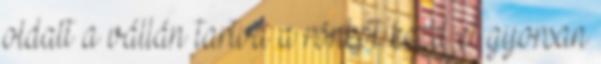
oldalt a vállán tartva a rönköt kezd el gyorsan